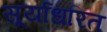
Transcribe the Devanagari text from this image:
सूर्याधरित